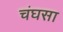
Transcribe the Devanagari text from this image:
चंघसा